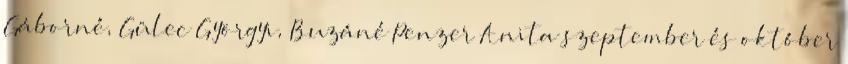
Gáborné, Gülec Györgyi, Buzáné Penzer Anita szeptember és október